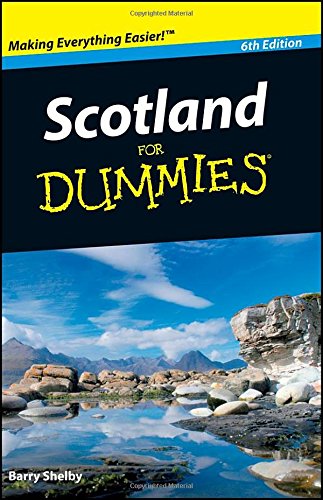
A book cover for Scotland For Dummies; Barry Shelby; Travel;